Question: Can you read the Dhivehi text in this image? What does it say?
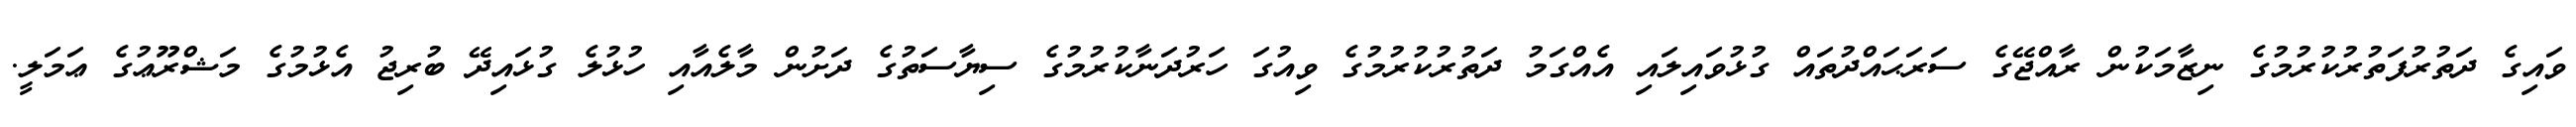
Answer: ވައިގެ ދަތުރުފަތުރުކުރުމުގެ ނިޒާމަކުން ރާއްޖޭގެ ސަރަޙައްދުތައް ގުޅުވައިލައި އެއްގަމު ދަތުރުކުރުމުގެ ވިއުގަ ހަރުދަނާކުރުމުގެ ސިޔާސަތުގެ ދަށުން މާލެއާއި ހުޅުލެ ގުޅައިދޭ ބުރިޖު އެޅުމުގެ މަޝްރޫޢުގެ ޢަމަލީ.